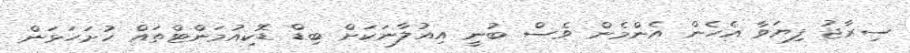
ސިރާޖު ފިޔަވާ އެހެން އެންމެން ވެސް ބުނީ އިއުލާނަކަށް ބިޑް ޑޮކިއުމަންޓްތައް ހުށަހަޅަން